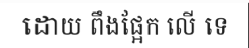
ដោយ ពឹងផ្អែក លើ ទេ